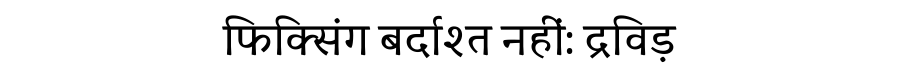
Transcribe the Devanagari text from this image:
फिक्सिंग बर्दाश्त नहीं: द्रविड़